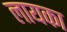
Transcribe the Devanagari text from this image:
लायका